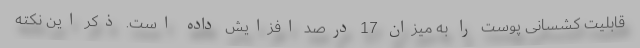
قابلیت کشسانی پوست را به میزان 17 درصد افزایش داده است. ذکر این نکته